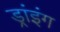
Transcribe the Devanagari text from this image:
ड्रांइंग